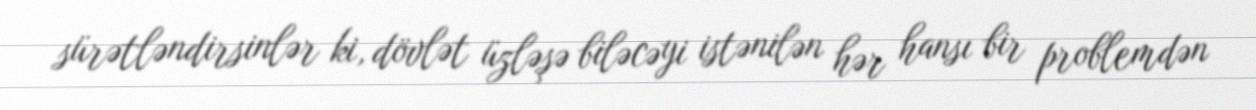
sürətləndirsinlər ki, dövlət üzləşə biləcəyi istənilən hər hansı bir problemdən